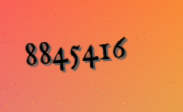
8845416